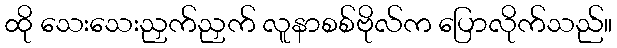
ထို သေးသေးညှက်ညှက် လူနာစစ်ဗိုလ်က ပြောလိုက်သည်။